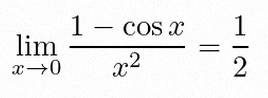
\lim_{x\to0}\frac{1-\cos x}{x^2}=\frac12